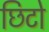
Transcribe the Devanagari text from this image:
छिटो